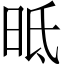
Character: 㫝